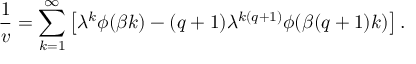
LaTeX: \frac 1 v = \sum _ { k = 1 } ^ { \infty } \left[ \lambda ^ { k } \phi ( \beta k ) - ( q + 1 ) \lambda ^ { k ( q + 1 ) } \phi ( \beta ( q + 1 ) k ) \right] .